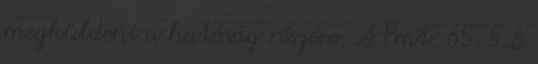
megküldeni a hatóság részére. A Pmt. 65. § 6